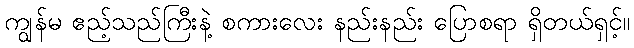
ကျွန်မ ဧည့်သည်ကြီးနဲ့ စကားလေး နည်းနည်း ပြောစရာ ရှိတယ်ရှင့်။